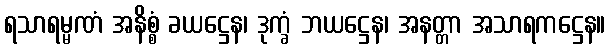
ရသာရမ္မဏံ အနိစ္စံ ခယဋ္ဌေန၊ ဒုက္ခံ ဘယဋ္ဌေန၊ အနတ္တာ အသာရကဋ္ဌေန။